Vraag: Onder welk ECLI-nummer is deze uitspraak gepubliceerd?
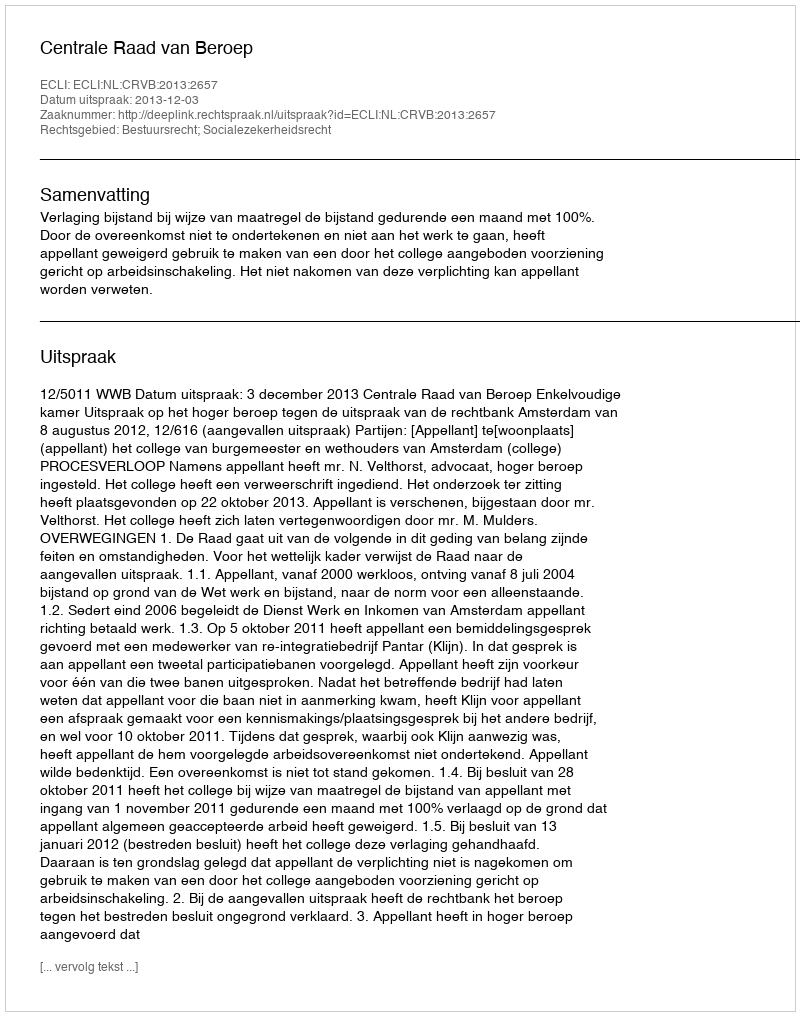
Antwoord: ECLI:NL:CRVB:2013:2657